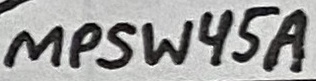
Text: MPSW45A